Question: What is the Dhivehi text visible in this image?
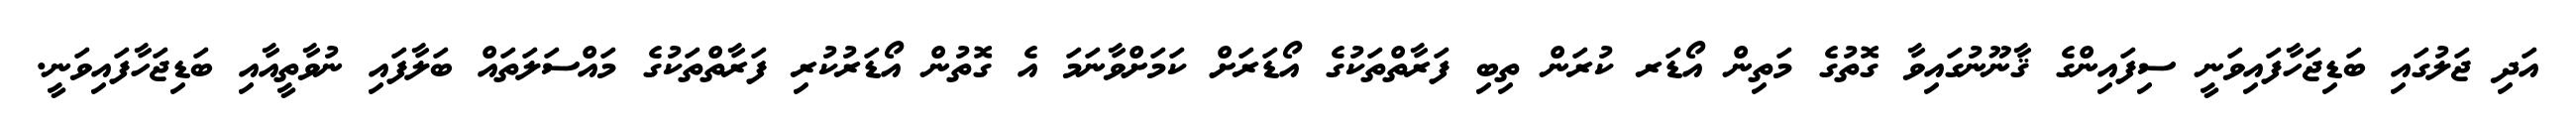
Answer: އަދި ޖަލުގައި ބަޑިޖަހާފައިވަނީ ސިފައިންގެ ޤާނޫނުގައިވާ ގޮތުގެ މަތިން އޯޑަރ ކުރަން ތިބި ފަރާތްތަކުގެ އޯޑަރަށް ކަމަށްވާނަމަ އެ ގޮތުން އޯޑަރުކުރި ފަރާތްތަކުގެ މައްސަލަތައް ބަލާފައި ނުވާތީއާއި ބަޑިޖަހާފައިވަނީ.